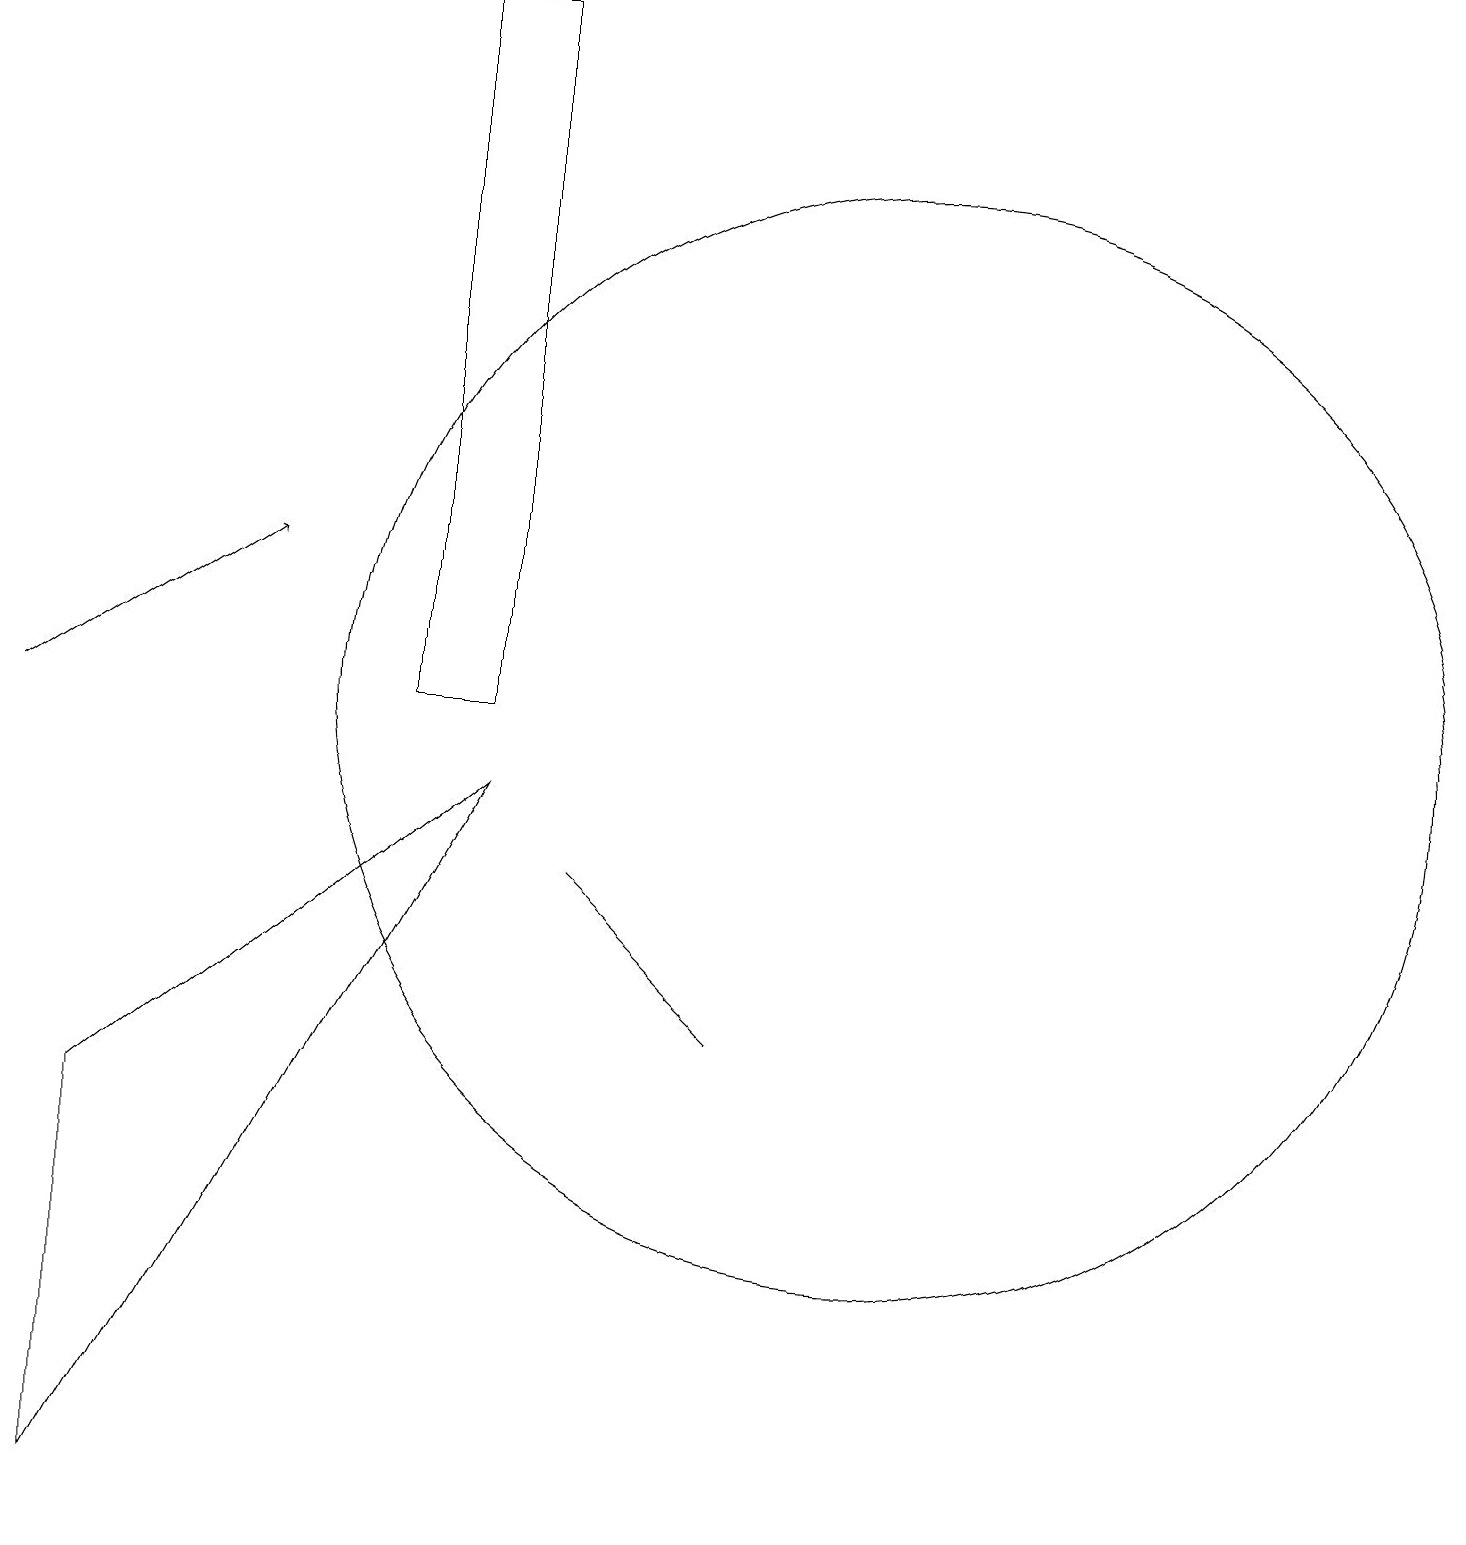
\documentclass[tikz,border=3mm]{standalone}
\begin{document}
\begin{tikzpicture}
\draw (6,10) rectangle (5,19);
\draw (1,0) -- (6,9) -- (1,5) -- cycle;
\draw (11,10) circle (7);
\draw[->] (0,10) -- (3,12);
\draw (9,6) -- (7,8) -- (8,7) -- cycle;
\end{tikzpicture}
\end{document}